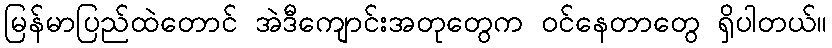
မြန်မာပြည်ထဲတောင် အဲဒီကျောင်းအတုတွေက ဝင်နေတာတွေ ရှိပါတယ်။